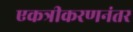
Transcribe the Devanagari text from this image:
एकत्रीकरणनंतर